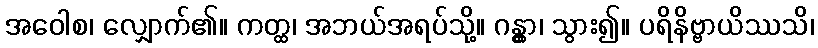
အဝေါစ၊ လျှောက်၏။ ကတ္ထ၊ အဘယ်အရပ်သို့။ ဂန္တွာ၊ သွား၍။ ပရိနိဗ္ဗာယိဿသိ၊